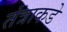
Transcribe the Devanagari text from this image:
तंत्राकडे